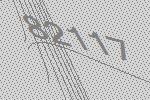
82117